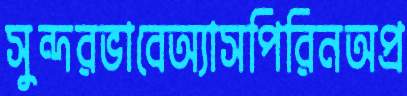
সুন্দরভাবেঅ্যাসপিরিনঅপ্র